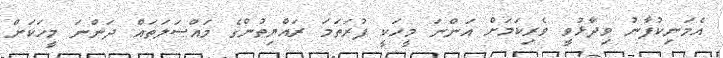
އެމަނިކުފާނު ވިދާޅުވީ ވެރިކަމަށް އަންނަ މީހަކީ ފުރަތަމަ ރައްޔިތުންގެ މައްސަލަތައް ދަންނަ މީހަކަށް